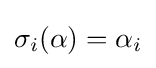
\sigma _{i}(\alpha )=\alpha _{i}